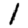
Digit: 1